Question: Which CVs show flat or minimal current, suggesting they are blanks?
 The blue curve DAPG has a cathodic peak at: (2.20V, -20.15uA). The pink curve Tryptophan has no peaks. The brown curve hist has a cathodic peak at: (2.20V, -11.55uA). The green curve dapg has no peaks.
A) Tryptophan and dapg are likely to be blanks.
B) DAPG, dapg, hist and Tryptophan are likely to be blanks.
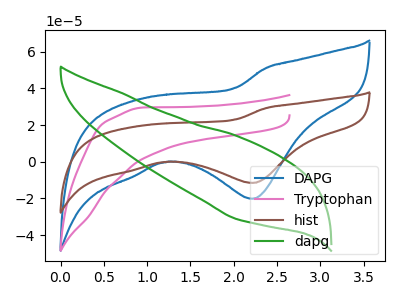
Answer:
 <answer>A) "Tryptophan" and "dapg" are likely to be blanks.</answer>
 <eval>A</eval>